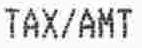
TAX/AMT